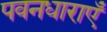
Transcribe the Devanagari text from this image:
पवनधाराएँ